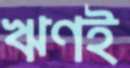
ঋণই